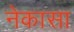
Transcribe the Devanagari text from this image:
नेकासा